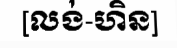
[លង់-ហិន]